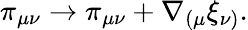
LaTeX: \pi_{\mu\nu}\rightarrow\pi_{\mu\nu}+\nabla_{(\mu}\xi_{\nu)}.